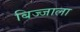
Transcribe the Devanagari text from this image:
बिज्जाला